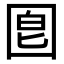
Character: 𡇠